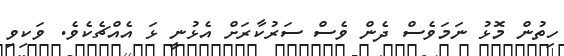
ހިތުން މޮޅު ނަމަވެސް ދެން ވެސް ސަރުކާރަށް އެޅުނީ ޅަ އެއްޗެކެވެ. ވަކިވި